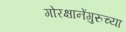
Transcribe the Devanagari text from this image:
गोरक्षानेंगुरुच्या